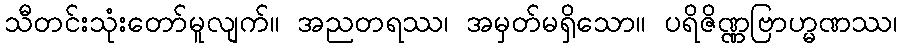
သီတင်းသုံးတော်မူလျက်။ အညတရဿ၊ အမှတ်မရှိသော။ ပရိဇိဏ္ဏဗြာဟ္မဏဿ၊